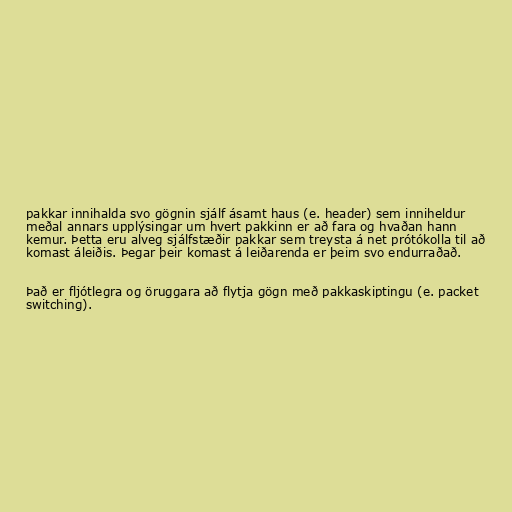
pakkar innihalda svo gögnin sjálf ásamt haus (e. header) sem inniheldur
meðal annars upplýsingar um hvert pakkinn er að fara og hvaðan hann
kemur. Þetta eru alveg sjálfstæðir pakkar sem treysta á net prótókolla til að
komast áleiðis. Þegar þeir komast á leiðarenda er þeim svo endurraðað.

Það er fljótlegra og öruggara að flytja gögn með pakkaskiptingu (e. packet
switching).